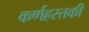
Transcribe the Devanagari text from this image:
कर्णहस्तकी